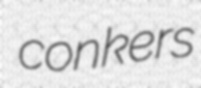
conkers